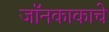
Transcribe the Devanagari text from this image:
जॉनकाकाचे